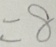
= 8